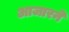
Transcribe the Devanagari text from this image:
आजारने